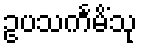
ဥပသင်္ကမိံသု